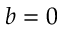
b = 0